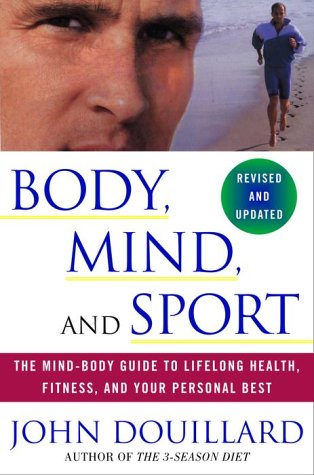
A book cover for Body, Mind, and Sport: The Mind-Body Guide to Lifelong Health, Fitness, and Your Personal Best; John Douillard; Health, Fitness & Dieting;